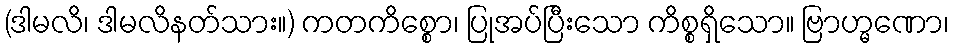
(ဒါမလိ၊ ဒါမလိနတ်သား။) ကတကိစ္စော၊ ပြုအပ်ပြီးသော ကိစ္စရှိသော။ ဗြာဟ္မဏော၊